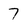
Character: 7